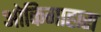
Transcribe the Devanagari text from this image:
ओकिगाहारा